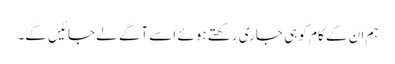
ہم ان کے کام کو ہی جاری رکھتے ہوئے اسے آگے لے جائیں گے۔